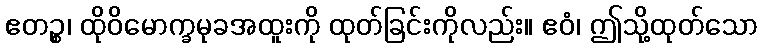
ဧတဉ္စ၊ ထိုဝိမောက္ခမုခအထူးကို ထုတ်ခြင်းကိုလည်း။ ဧဝံ၊ ဤသို့ထုတ်သော